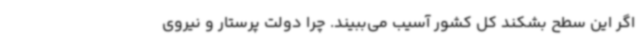
اگر این سطح بشکند کل کشور آسیب می‌ببیند. چرا دولت پرستار و نیروی